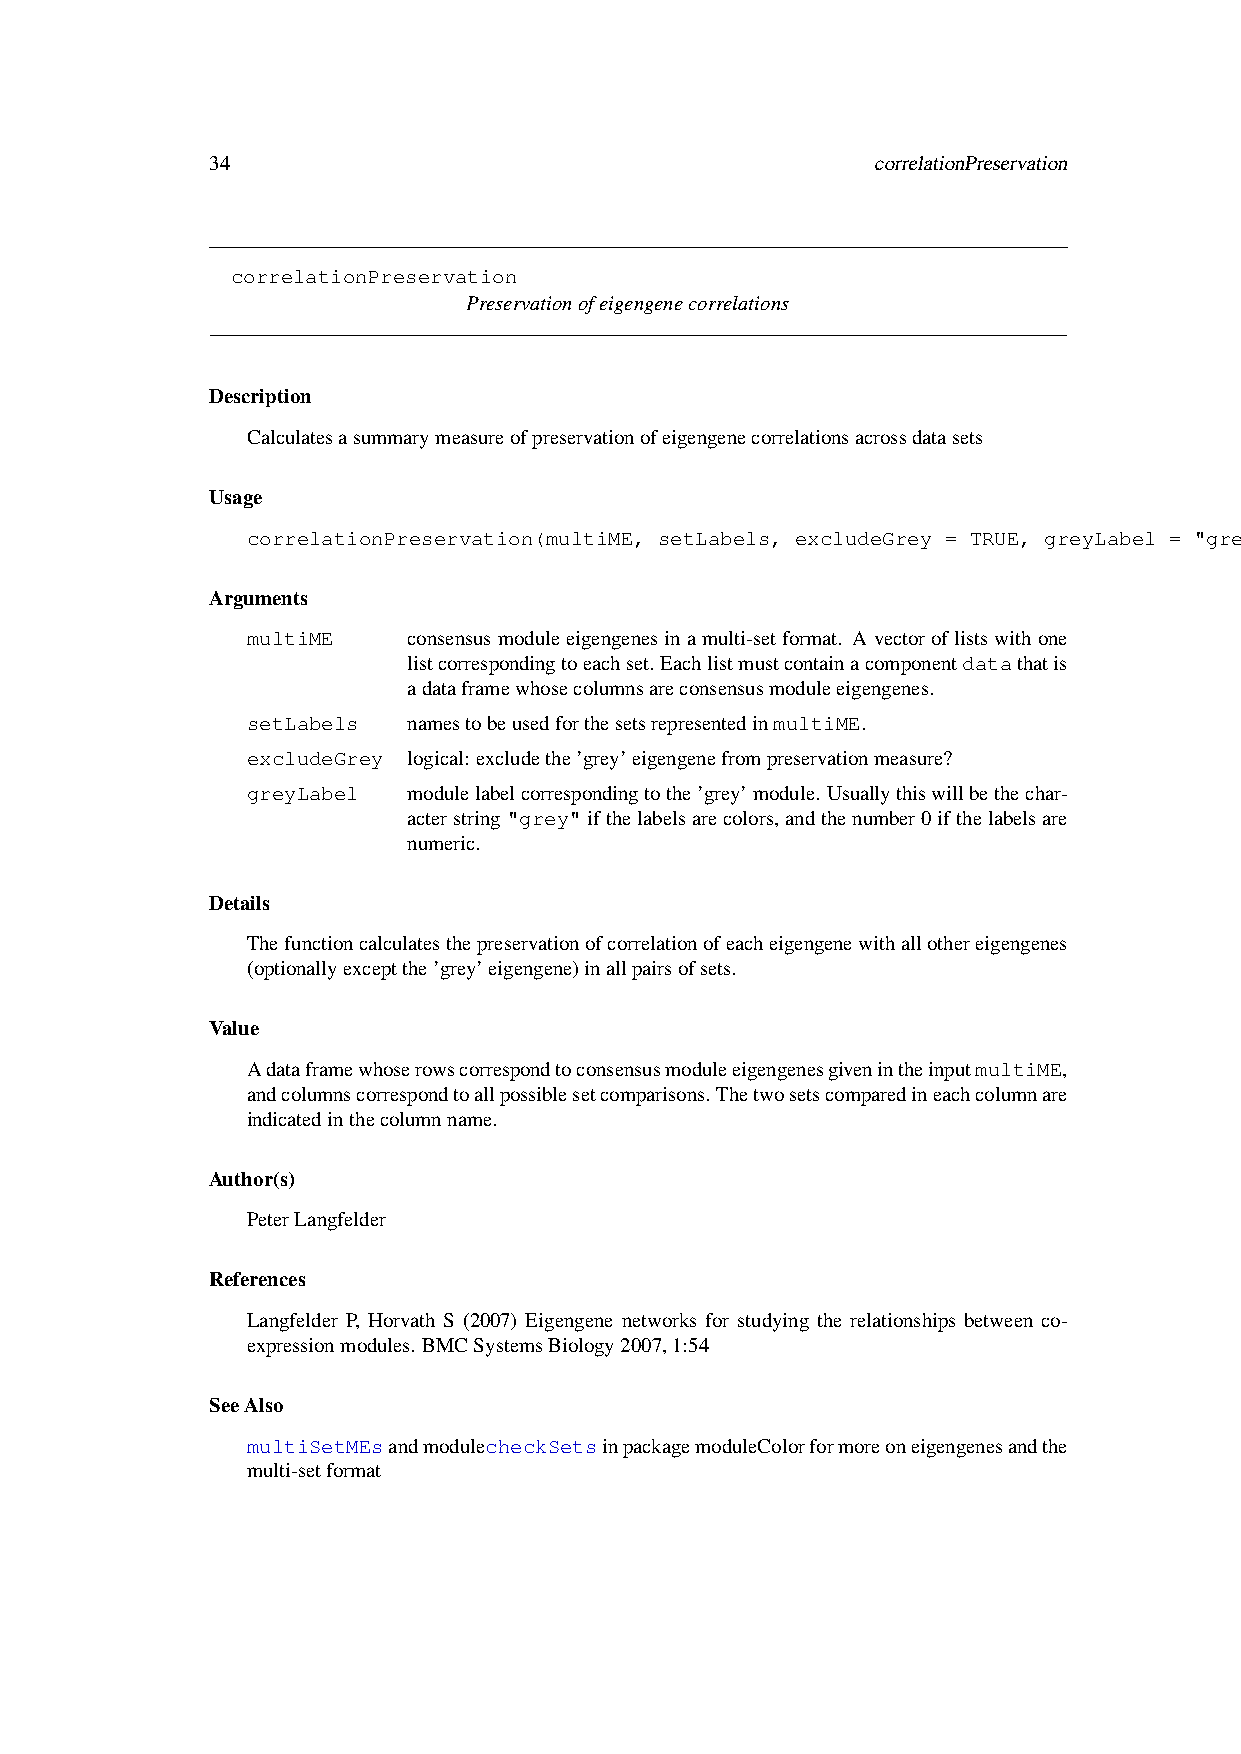
34                                          correlationPreservation
 correlationPreservation
 Preservationofeigengenecorrelations
 Description
 Calculatesasummarymeasureofpreservationofeigengenecorrelationsacrossdatasets
 Usage
 correlationPreservation(multiME, setLabels, excludeGrey = TRUE, greyLabel = "grey")
 Arguments
 multiME    consensusmoduleeigengenesinamulti-setformat. Avectoroflistswithone
 listcorrespondingtoeachset. Eachlistmustcontainacomponentdatathatis
 adataframewhosecolumnsareconsensusmoduleeigengenes.
 setLabels  namestobeusedforthesetsrepresentedinmultiME.
 excludeGrey logical: excludethe’grey’eigengenefrompreservationmeasure?
 greyLabel  modulelabelcorrespondingtothe’grey’module. Usuallythiswillbethechar-
 acterstring"grey"ifthelabelsarecolors,andthenumber0ifthelabelsare
 numeric.
 Details
 Thefunctioncalculatesthepreservationofcorrelationofeacheigengenewithallothereigengenes
 (optionallyexceptthe’grey’eigengene)inallpairsofsets.
 Value
 AdataframewhoserowscorrespondtoconsensusmoduleeigengenesgivenintheinputmultiME,
 andcolumnscorrespondtoallpossiblesetcomparisons.Thetwosetscomparedineachcolumnare
 indicatedinthecolumnname.
 Author(s)
 PeterLangfelder
 References
 Langfelder P, Horvath S (2007) Eigengene networks for studying the relationships between co-
 expressionmodules. BMCSystemsBiology2007,1:54
 SeeAlso
 multiSetMEsandmodulecheckSetsinpackagemoduleColorformoreoneigengenesandthe
 multi-setformat